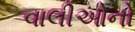
વાલીઓનો